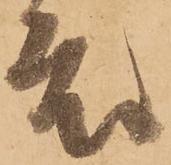
度